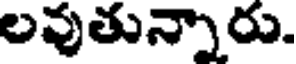
లవుతున్నారు.